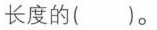
长度的()。